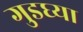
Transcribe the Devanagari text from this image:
गुडघ्या